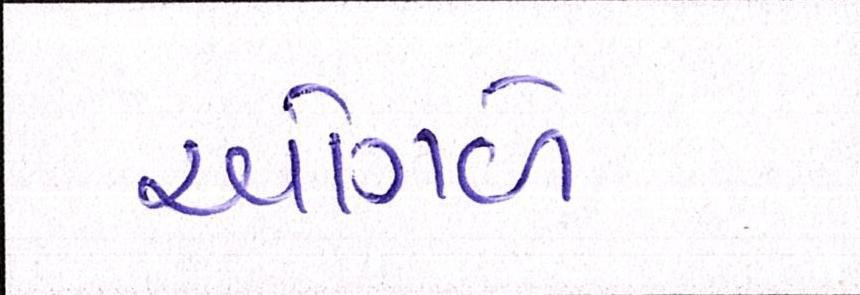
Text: ઓગળે